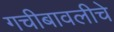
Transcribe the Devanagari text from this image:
गचीबावलीचे